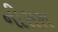
નીરાશ